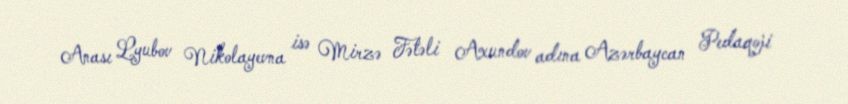
Anası Lyubov Nikolayevna isə Mirzə Fətəli Axundov adına Azərbaycan Pedaqoji